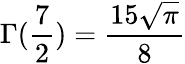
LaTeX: \Gamma(\frac{7}{2})=\frac{15\sqrt{\pi}}{8}